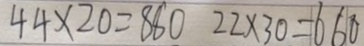
4 4 \times 2 0 = 8 8 0 2 2 \times 3 0 = 6 6 0